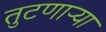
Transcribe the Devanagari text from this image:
तुटणाऱ्या